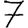
Digit: 7